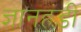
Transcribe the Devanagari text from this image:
ज्ञानहंडी